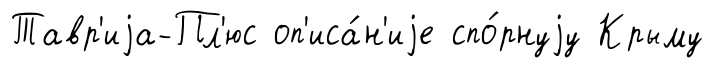
Тавр'иjа-Пл'юс оп'иса́н'иjе спо́рнуjу Крыму